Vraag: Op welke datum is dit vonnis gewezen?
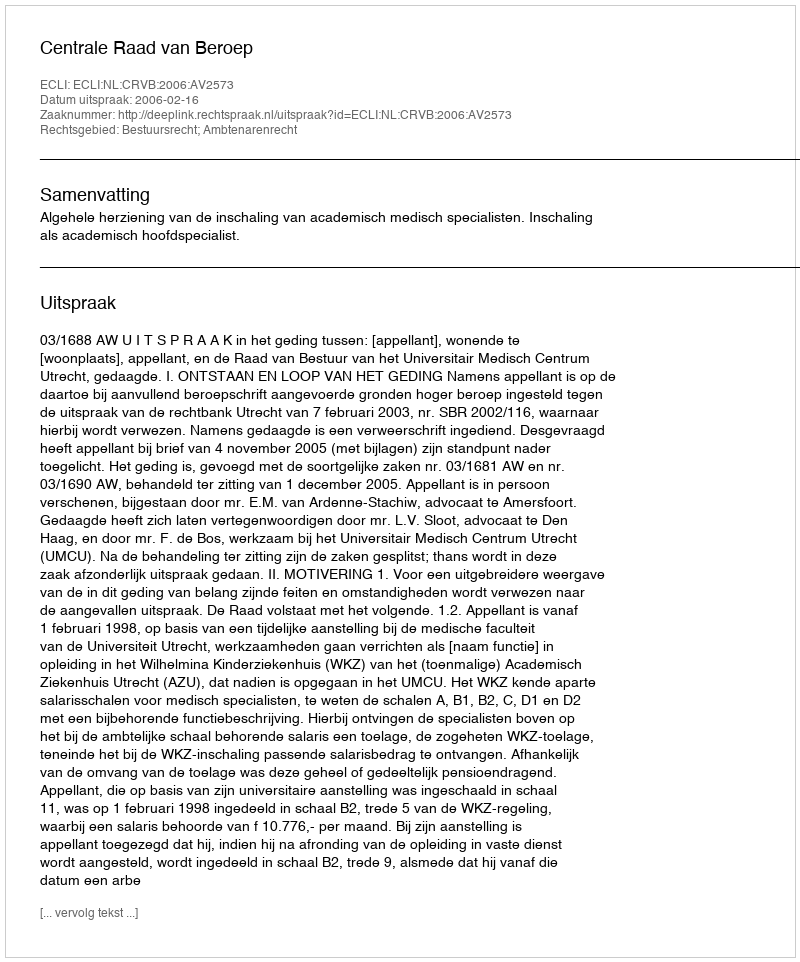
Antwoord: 2006-02-16